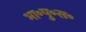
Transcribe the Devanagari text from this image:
भा॰पु॰स॰